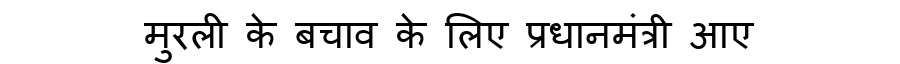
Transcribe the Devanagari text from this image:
मुरली के बचाव के लिए प्रधानमंत्री आए